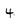
Character: 4